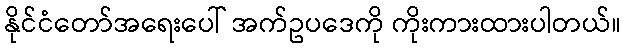
နိုင်ငံတော်အရေးပေါ် အက်ဥပဒေကို ကိုးကားထားပါတယ်။